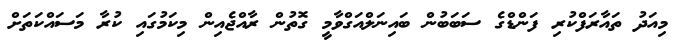
މިއަދު ތައާރަފްކުރި ފަންޑްގެ ސަބަބުން ބައިނަލްއަގްވާމީ ގޮތުން ރާއްޖެއިން މިކަމުގައި ކުރާ މަސައްކަތަށް